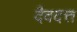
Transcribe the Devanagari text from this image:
दैवदत्त